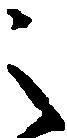
之